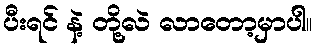
ပီးရင် နဲ့ တို့လဲ လာတော့မှာပါ။